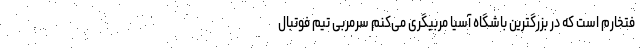
فتخارم است که در بزرگترین باشگاه آسیا مربیگری می‌کنم سرمربی تیم فوتبال